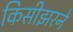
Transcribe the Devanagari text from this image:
किसीझरने